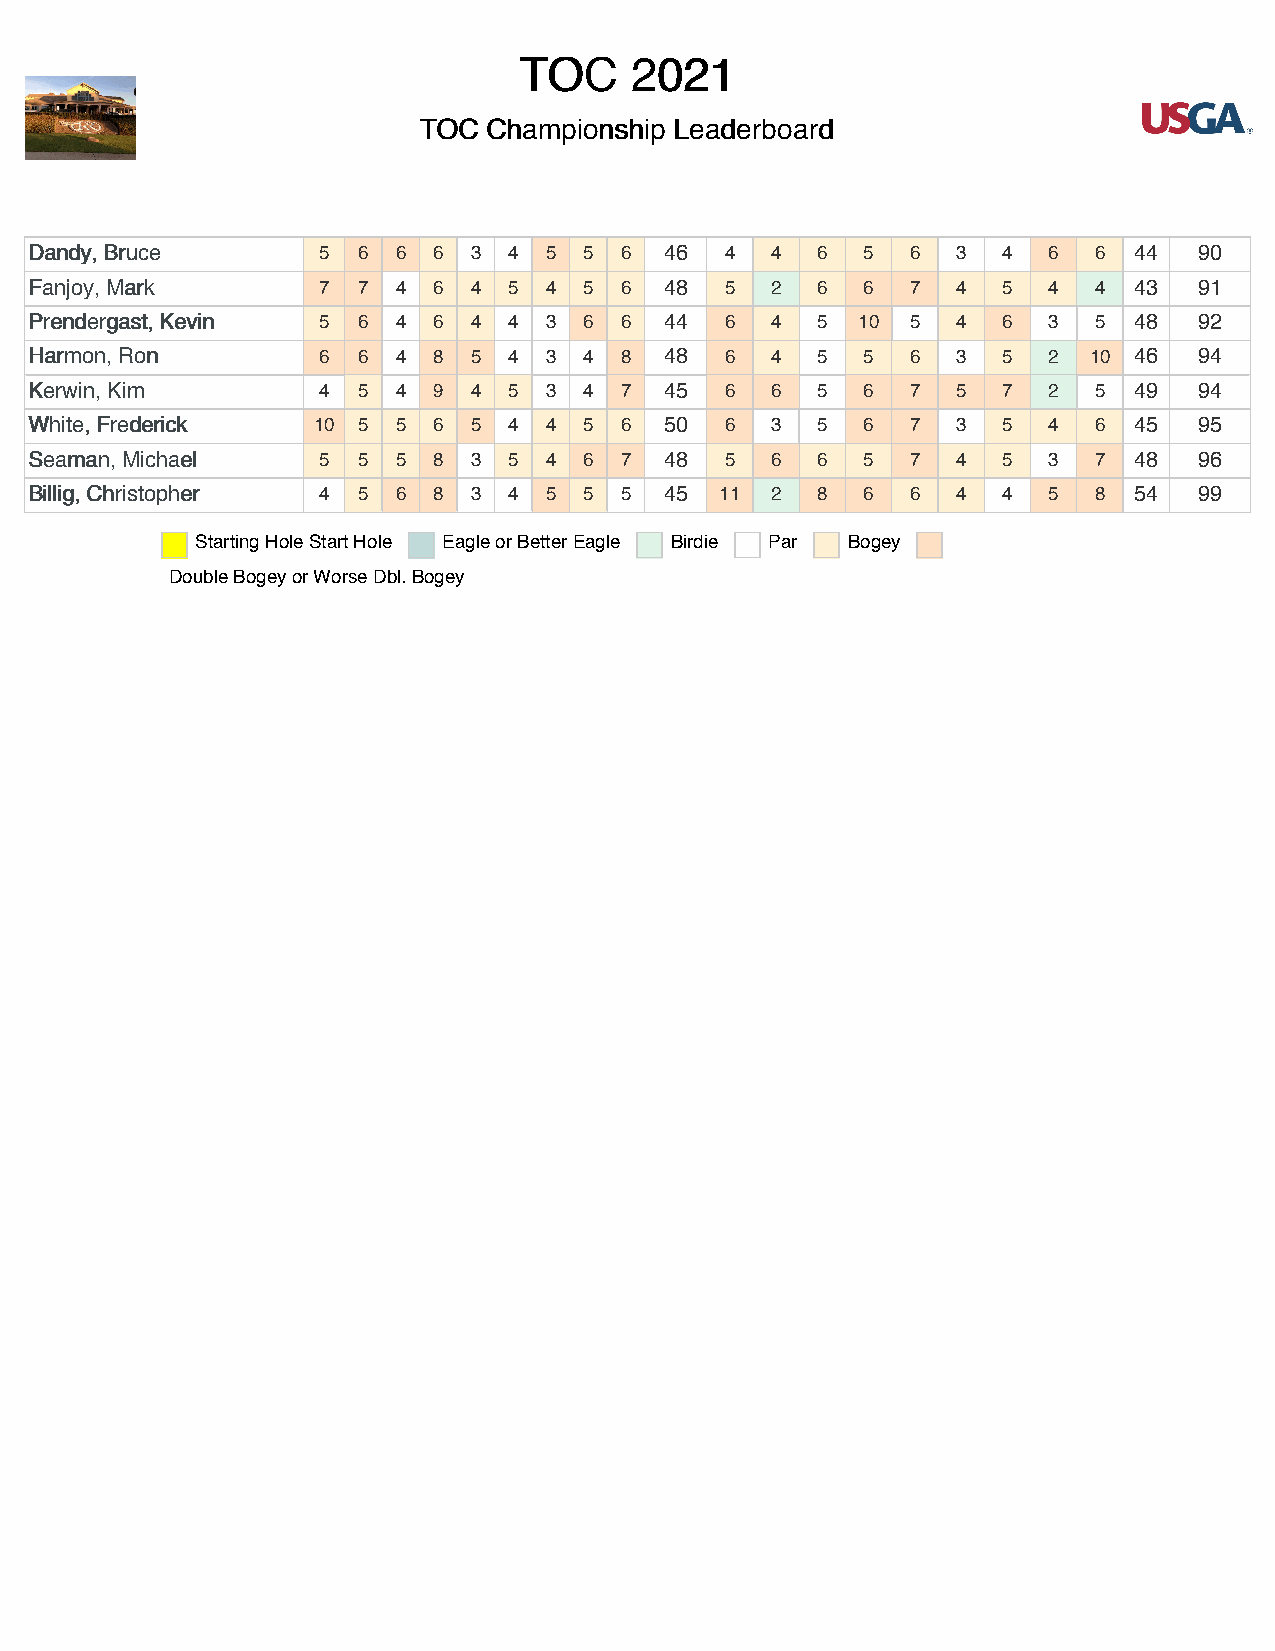
TTOOCC  22002211
 TTOOCC CChhaammppiioonnsshhiipp LLeeaaddeerrbbooaarrdd
 DDaannddyy,, BBrruuccee 5 6 6 6 3 4 5 5 6 46  4  4  6  5  6  3  4  6  6  44  90
 FFaannjjooyy,, MMaarrkk 7 7 4 6 4 5 4 5 6 48  5  2  6  6  7  4  5  4  4  43  91
 PPrreennddeerrggaasstt,, KKeevviinn 5 6 4 6 4 4 3 6 6 44 6 4 5 10 5 4 6 3 5 48 92
 HHaarrmmoonn,, RRoonn 6 6 4 8 5 4 3  4 8  48  6  4  5  5  6  3  5  2  10 46  94
 KKeerrwwiinn,, KKiimm 4 5 4 9 4 5 3  4 7  45  6  6  5  6  7  5  7  2  5  49  94
 WWhhiittee,, FFrreeddeerriicckk 10 5 5 6 5 4 4 5 6 50 6 3 5 6 7 3 5 4 6  45  95
 SSeeaammaann,, MMiicchhaaeell 5 5 5 8 3 5 4 6 7 48 5 6 6 5 7 4  5  3  7  48  96
 BBiilllliigg,, CChhrriissttoopphheerr 4 5 6 8 3 4 5 5 5 45 11 2 8 6 6 4 4 5 8 54 99
 Starting HoleStart Hole Eagle or BetterEagle Birdie Par Bogey
 Double Bogey or WorseDbl. Bogey